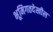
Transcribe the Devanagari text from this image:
भूमिगतदेखील